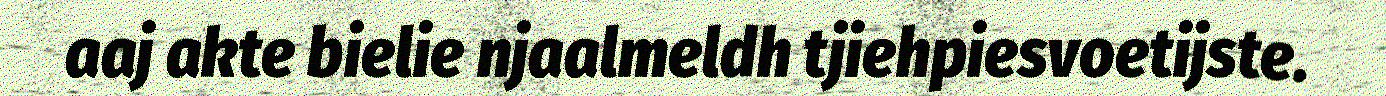
aaj akte bielie njaalmeldh tjiehpiesvoetijste.